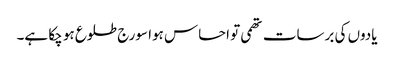
یادوں کی برسات تھمی تو احساس ہوا سورج طلوع ہو چکا ہے۔